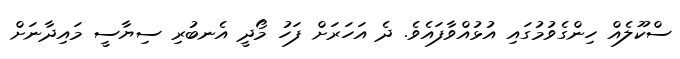
ސްކޫލެއް ހިންގެވުމުގައި އުޅުއްވާފައެވެ. ދެ އަހަރަށް ފަހު މޯދީ އެނބުރި ސިޔާސީ މައިދާނަށް